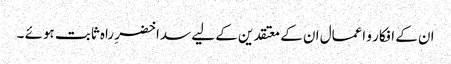
ان کے افکار و اعمال ان کے معتقدین کے لیے سدا خضرِ راہ ثابت ہوئے ۔